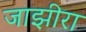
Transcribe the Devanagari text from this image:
जाझीरा